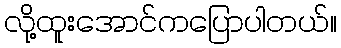
လို့ထူးအောင်ကပြောပါတယ်။